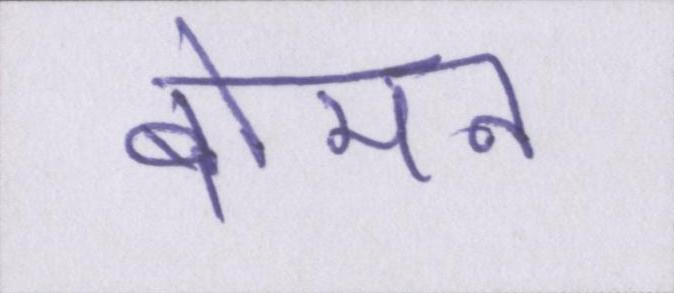
बोमन